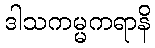
ဒါသကမ္မကရာနိ